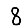
Digit: 8